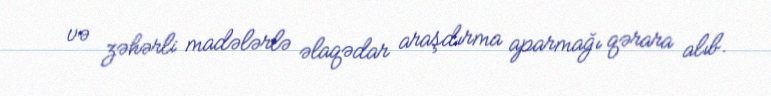
və zəhərli madələrlə əlaqədar araşdırma aparmağı qərara alıb.